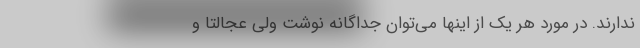
ندارند. در مورد هر یک از اینها می‌توان جداگانه نوشت ولی عجالتا و